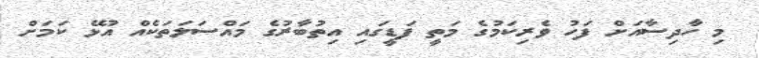
މި ހާދިސާއަށް ފަހު ވެރިކަމުގެ މަތީ ފަޑީގައި އިތުބާރުގެ މައްސަލަތަކެއް އުޅޭ ކަމަށް